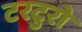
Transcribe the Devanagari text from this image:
टरटुरो